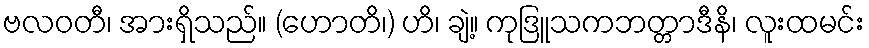
ဗလဝတီ၊ အားရှိသည်။ (ဟောတိ၊) ဟိ၊ ချဲ့။ ကုဒြူသကဘတ္တာဒီနိ၊ လူးထမင်း